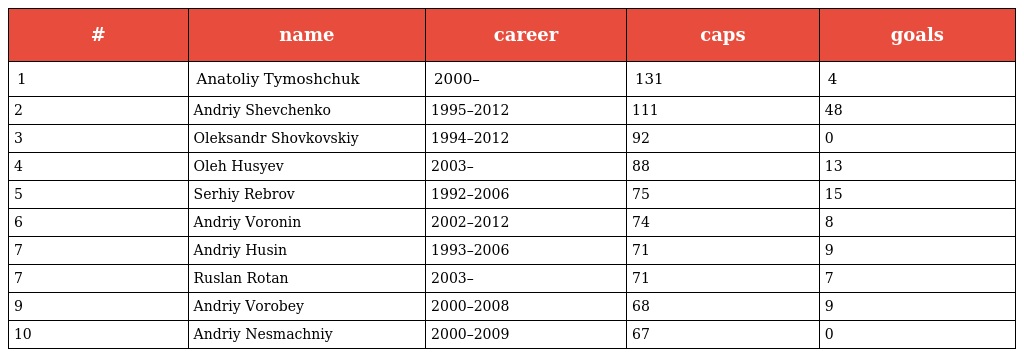
| # | name | career | caps | goals |
 | --- | --- | --- | --- | --- |
 | 1 | Anatoliy Tymoshchuk | 2000– | 131 | 4 |
 | 2 | Andriy Shevchenko | 1995–2012 | 111 | 48 |
 | 3 | Oleksandr Shovkovskiy | 1994–2012 | 92 | 0 |
 | 4 | Oleh Husyev | 2003– | 88 | 13 |
 | 5 | Serhiy Rebrov | 1992–2006 | 75 | 15 |
 | 6 | Andriy Voronin | 2002–2012 | 74 | 8 |
 | 7 | Andriy Husin | 1993–2006 | 71 | 9 |
 | 7 | Ruslan Rotan | 2003– | 71 | 7 |
 | 9 | Andriy Vorobey | 2000–2008 | 68 | 9 |
 | 10 | Andriy Nesmachniy | 2000–2009 | 67 | 0 |